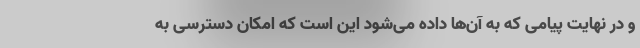
و در نهایت پیامی که به آن‌ها داده می‌شود این است که امکان دسترسی به